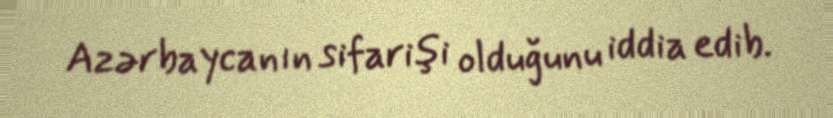
Azərbaycanın sifarişi olduğunu iddia edib.